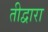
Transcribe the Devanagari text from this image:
तीद्वारा